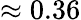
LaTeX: \approx 0.36